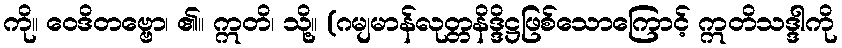
ကို။ ဝေဒိတဗ္ဗော၊ ၏။ ဣတိ၊ သို့။ (ဂမျမာန်လုတ္တနိဒ္ဒိဋ္ဌဖြစ်သောကြောင့် ဣတိသဒ္ဒါကို